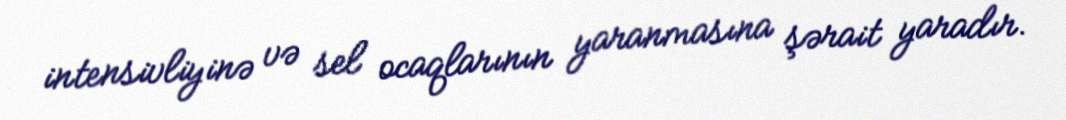
intensivliyinə və sel ocaqlarının yaranmasına şərait yaradır.